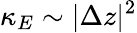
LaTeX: \kappa_{E}\sim\vert\Delta z\vert^{2}